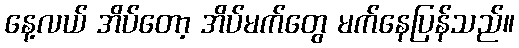
နေ့လယ် အိပ်တော့ အိပ်မက်တွေ မက်နေပြန်သည်။